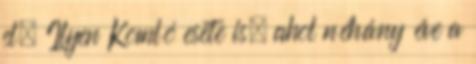
el. Ilyen Komló esete is, ahol néhány éve a